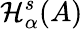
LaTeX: \mathcal{H}_{\alpha}^{s}(A)